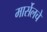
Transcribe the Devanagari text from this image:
मार्सेलचे